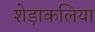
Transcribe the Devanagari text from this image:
शेड़ाकलिया